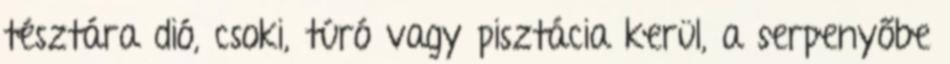
tésztára dió, csoki, túró vagy pisztácia kerül, a serpenyőbe